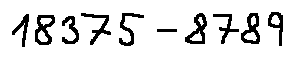
1 8 3 7 5 - 8 7 8 9